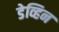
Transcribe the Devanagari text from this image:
डेव्हिन